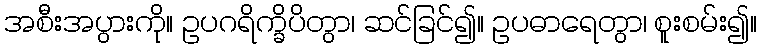
အစီးအပွားကို။ ဥပဂရိက္ခိပိတွာ၊ ဆင်ခြင်၍။ ဥပဓာရေတွာ၊ စူးစမ်း၍။